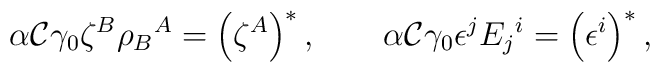
\alpha {\cal C}\gamma _0\zeta ^B \rho_B{}^A=\left(\zeta ^A\right)^*, \qquad\alpha {\cal C}\gamma _0\epsilon ^j E_j{}^i=\left(\epsilon ^i\right)^*,